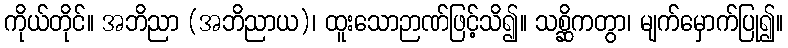
ကိုယ်တိုင်။ အဘိညာ (အဘိညာယ)၊ ထူးသောဉာဏ်ဖြင့်သိ၍။ သစ္ဆိကတွာ၊ မျက်မှောက်ပြု၍။